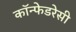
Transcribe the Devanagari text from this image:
कॉन्फेडरेसी